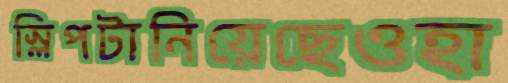
স্লিপটানিয়েছেওহা